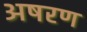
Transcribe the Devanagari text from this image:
अषरण